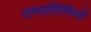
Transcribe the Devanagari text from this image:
उभयलिंगियों